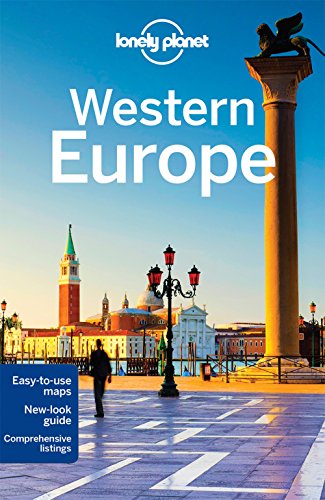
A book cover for Lonely Planet Western Europe (Travel Guide); Lonely Planet; Travel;